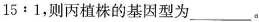
15:1，则丙植株的基因型为____。